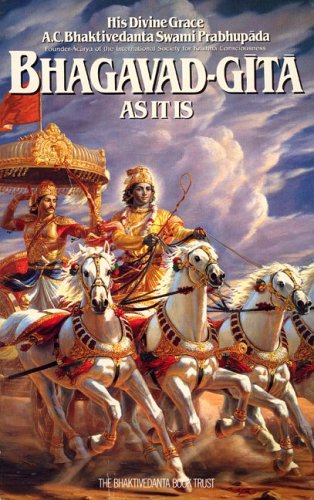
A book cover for Bhagavad-Gita As It Is; A. C. Bhaktivedanta Swami Prabhupada; Religion & Spirituality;